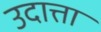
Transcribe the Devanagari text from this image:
उदात्ता